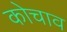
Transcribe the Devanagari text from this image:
कोचाव